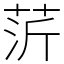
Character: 䓅